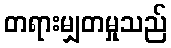
တရားမျှတမှုသည်